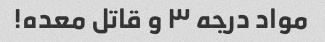
مواد درجه ۳ و قاتل معده!